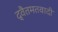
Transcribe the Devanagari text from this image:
द्वैतमतवादी